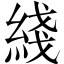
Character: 綫